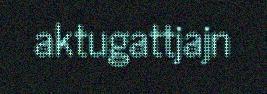
aktugattjajn